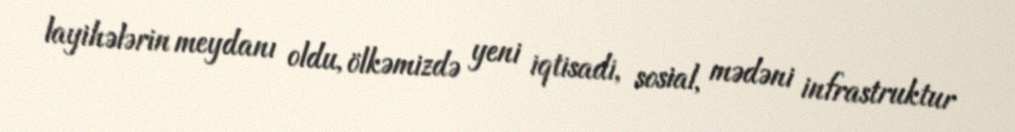
layihələrin meydanı oldu, ölkəmizdə yeni iqtisadi, sosial, mədəni infrastruktur